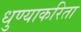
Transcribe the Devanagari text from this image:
धुण्याकरिता